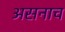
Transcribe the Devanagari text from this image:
असनाच